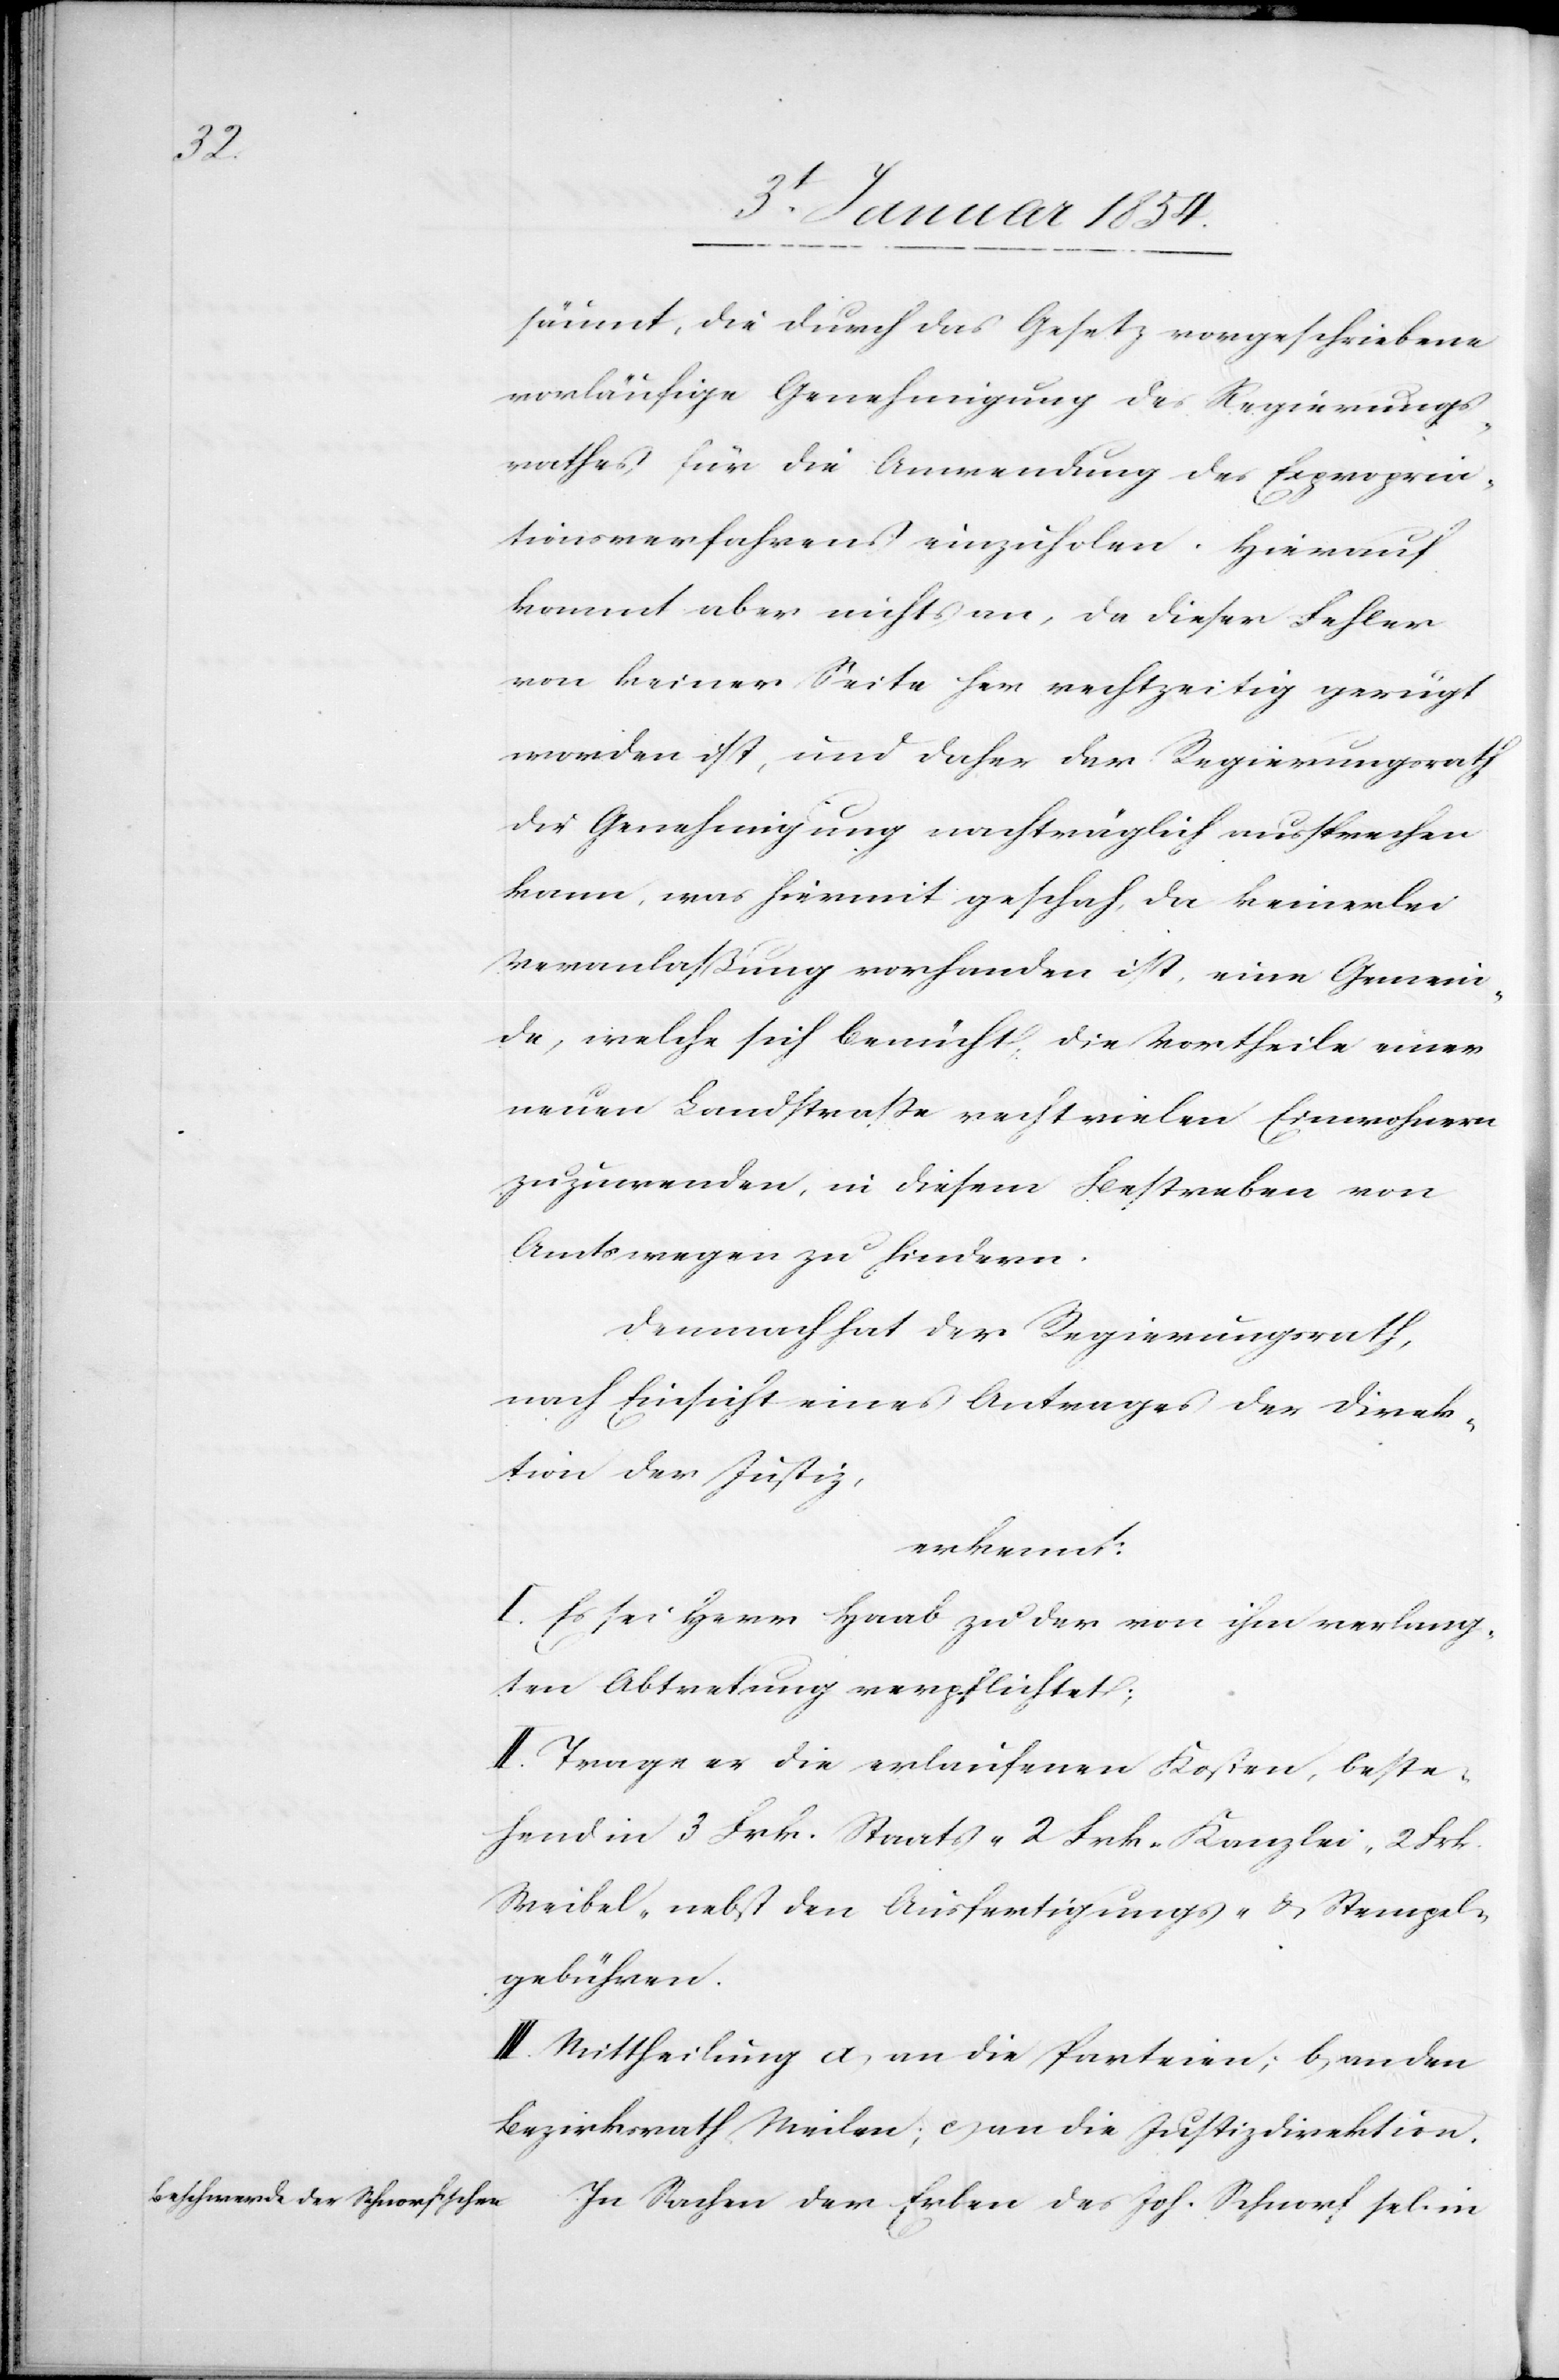
säumt, die durch das Gesetz vorgeschriebene
vorläufige Genehmigung des Regierungs¬
rathes für die Anwendung des Expropria¬
tionsverfahrens einzuholen. Hierauf
kommt aber nichts an, da dieser Fehler
von keiner Seite her rechtzeitig gerügt
worden ist, und daher der Regierungsrath
die Genehmigung nachträglich aussprechen
kann, was hiermit geschah, da keinerlei
Veranlaßung vorhanden ist, eine Gemein¬
de, welche sich bemüht, die Vortheile einer
neuen Landstraße recht vielen Einwohnern
zuzuwenden, in diesem Bestreben von
Amtswegen zu hindern.
Demnach hat der Regierungsrath,
nach Einsicht eines Antrages der Direk¬
tion der Justiz,
erkennt:
I. Es sei Herr Haab zu der von ihm verlang¬
ten Abtretung verpflichtet;
II. Trage er die erlaufenen Kosten, beste¬
hend in 3 Frk. Staats- 2 Frk. Kanzlei- 2 Frk.
Weibel- nebst den Ausfertigungs- & Stempel¬
gebühren.
III. Mittheilung a) an die Parteien; b) an den
Bezirksrath Meilen; c) an die Justizdirektion.
In Sachen der Erben des Joh. Schnorf sel. in